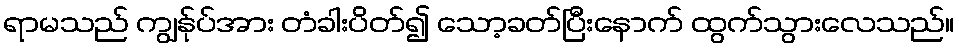
ရာမသည် ကျွန်ုပ်အား တံခါးပိတ်၍ သော့ခတ်ပြီးနောက် ထွက်သွားလေသည်။